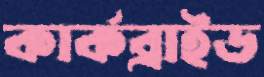
কার্কব্রাইড